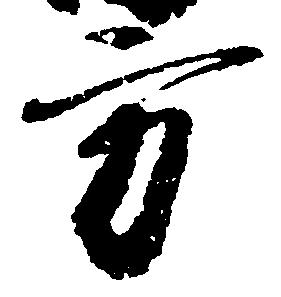
方